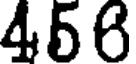
456